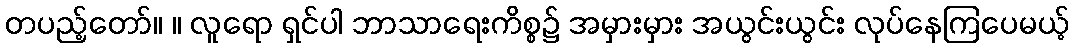
တပည့်တော်။ ။ လူရော ရှင်ပါ ဘာသာရေးကိစ္စ၌ အမှားမှား အယွင်းယွင်း လုပ်နေကြပေမယ့်